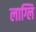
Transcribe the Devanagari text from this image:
लाग्लि